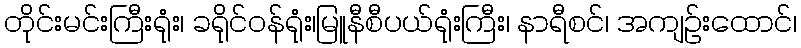
တိုင်းမင်းကြီးရုံး၊ ခရိုင်ဝန်ရုံး၊မြူနီစီပယ်ရုံးကြီး၊ နာရီစင်၊ အကျဉ်းထောင်၊